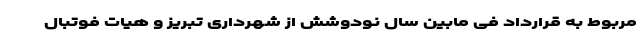
مربوط به قرارداد فی مابین سال نودوشش از شهرداری تبریز و هیات فوتبال